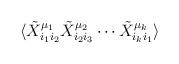
LaTeX: \begin{align*}\langle \tilde{X}^{\mu_{1}}_{i_{1}i_{2}} \tilde{X}^{\mu_{2}}_{i_{2}i_{3}} \cdots \tilde{X}^{\mu_{k}}_{i_{k}i_{1}} \rangle \end{align*}